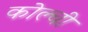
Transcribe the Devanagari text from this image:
कोल्ची